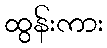
ထွန်းကား